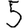
Digit: 5